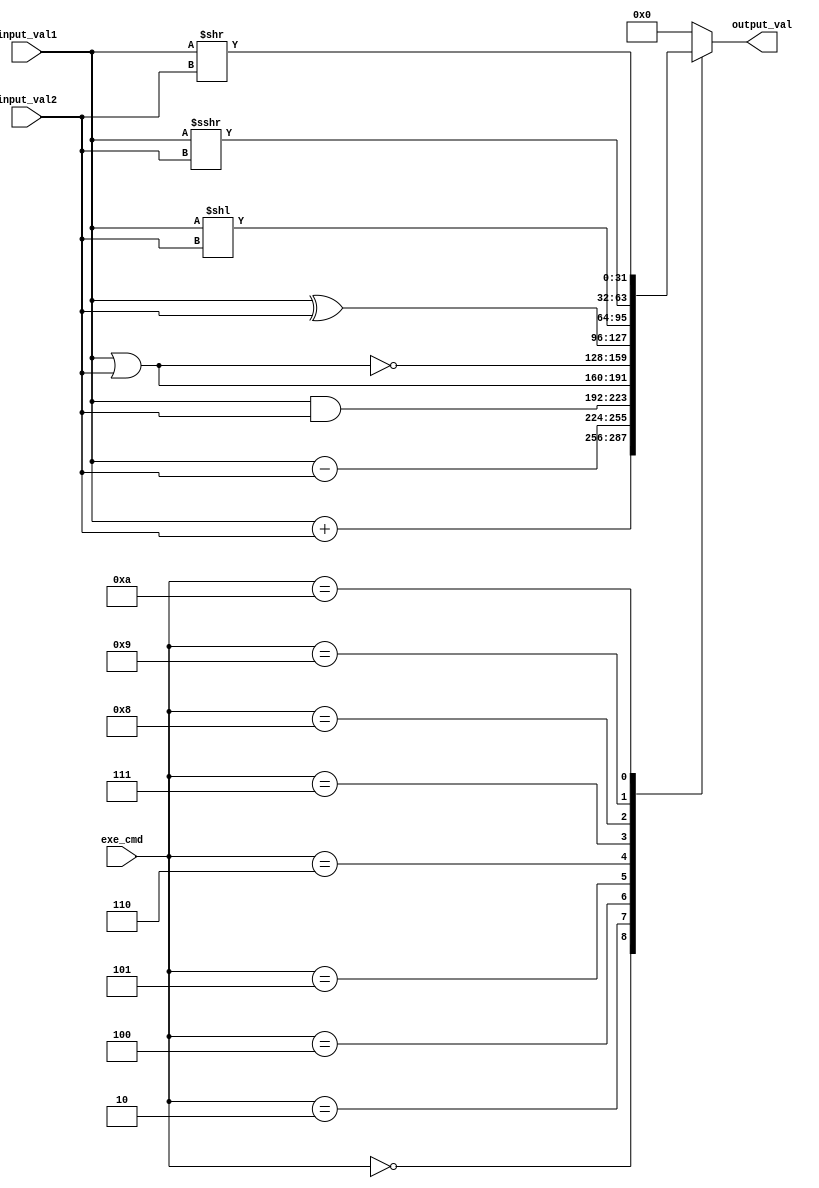
module ALU (
	input [31:0] input_val1, input_val2, 
	input [3:0] exe_cmd, 
	output reg [31:0] output_val
	);

	always @(exe_cmd, input_val1, input_val2) begin 
		case(exe_cmd)
			4'b0000: output_val <= input_val1 + input_val2; // addition
			4'b0010: output_val <= input_val1 - input_val2; // subtraction
			4'b0100: output_val <= input_val1 & input_val2; // bitwise and 
			4'b0101: output_val <= input_val1 | input_val2;  //bitwise or
			4'b0110: output_val <= ~(input_val1 | input_val2); // check NOR
			4'b0111: output_val <= input_val1 ^ input_val2; // xor
			4'b1000: output_val <= input_val1 << input_val2; // SLA - shift left arithmatic
			4'b1001: output_val <= $signed(input_val1) >>> input_val2; // SRA - shift right arithmetic
			4'b1010: output_val <= input_val1 >> input_val2; // SRL - shift right logical
			//4'b1000: output_val <= input_val1 << input_val2; // SLL - shift left logical
			default: output_val <= 32'd0; 
		endcase
	end 

endmodule